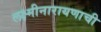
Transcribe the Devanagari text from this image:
लक्ष्मीनारायणाची